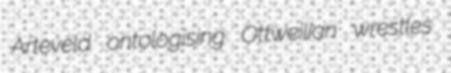
Arteveld ontologising Ottweilian wrestles